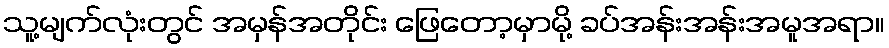
သူ့မျက်လုံးတွင် အမှန်အတိုင်း ဖြေတော့မှာမို့ ခပ်အန်းအန်းအမူအရာ။